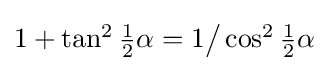
{\textstyle 1+\tan ^{2}{\tfrac {1}{2}}\alpha =1{\big /}\cos ^{2}{\tfrac {1}{2}}\alpha }